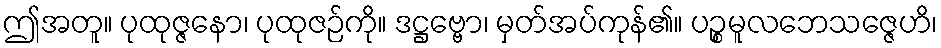
ဤအတူ။ ပုထုဇ္ဇနော၊ ပုထုဇဉ်ကို။ ဒဋ္ဌဗ္ဗော၊ မှတ်အပ်ကုန်၏။ ပဉ္စမူလဘေသဇ္ဇေဟိ၊